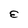
Character: E